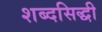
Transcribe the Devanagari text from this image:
शब्दसिद्धी